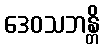
ဒေဝသဘန္တိ